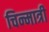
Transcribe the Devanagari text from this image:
चिन्मात्री